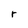
Character: r